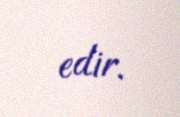
edir.